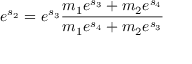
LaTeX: e ^ { s _ { 2 } } = e ^ { s _ { 3 } } { \frac { m _ { 1 } e ^ { s _ { 3 } } + m _ { 2 } e ^ { s _ { 4 } } } { m _ { 1 } e ^ { s _ { 4 } } + m _ { 2 } e ^ { s _ { 3 } } } }